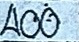
400